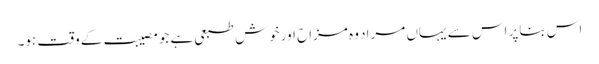
اس بناپر اس سے یہاں مراد وہ مزاح اورخوش طبعی ہے جومصیبت کے وقت ہو۔